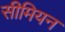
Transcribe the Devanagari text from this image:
सीमियन